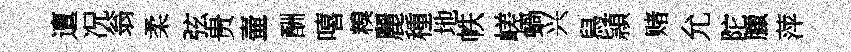
邅况翁柔弦贵壷酬嘻糗麗種地帙嵯蝸兴舄頴赌允陀臘萍